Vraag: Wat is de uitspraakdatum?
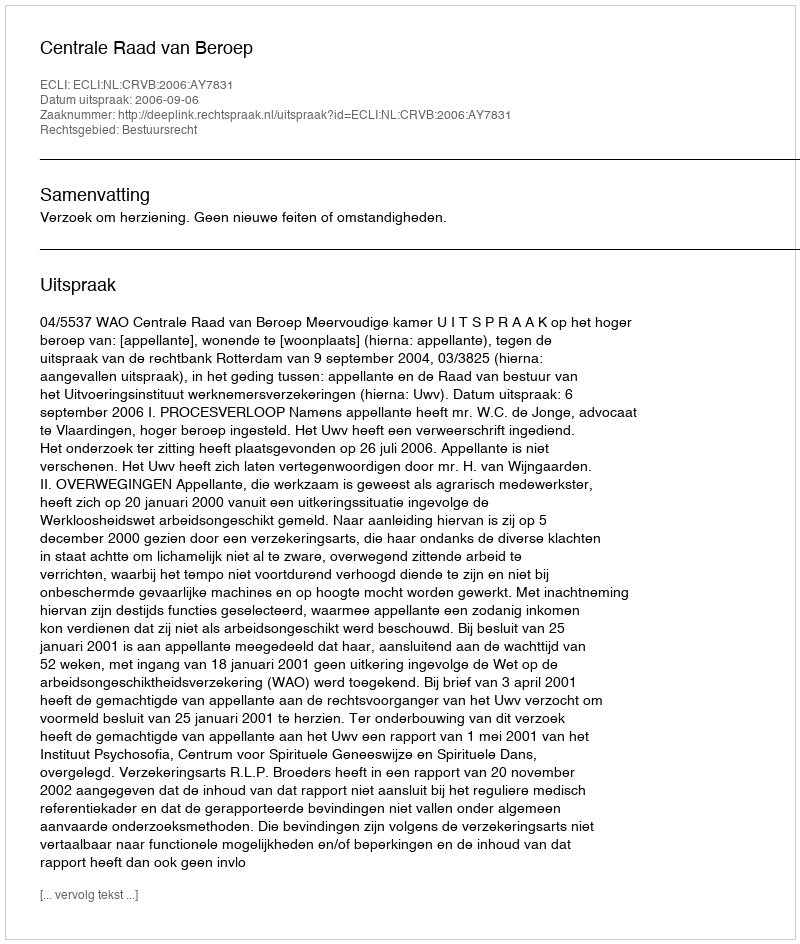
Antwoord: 2006-09-06